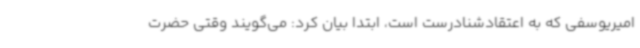
امیریوسفی که به اعتقادشنادرست است، ابتدا بیان کرد: می‌گویند وقتی حضرت